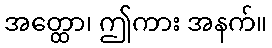
အတ္ထော၊ ဤကား အနက်။